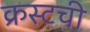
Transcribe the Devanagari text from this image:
क्रस्टची